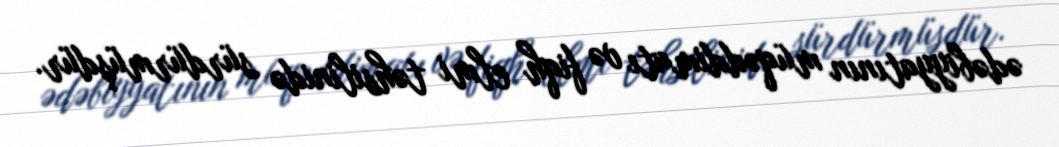
ədəbiyyatının müqəddimatı və fiqh elmi təhsilinidə sürdürmüşdür.